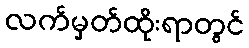
လက်မှတ်ထိုးရာတွင်